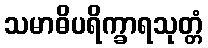
သမာဓိပရိက္ခာရသုတ္တံ